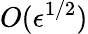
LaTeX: O(\epsilon^{1/2})